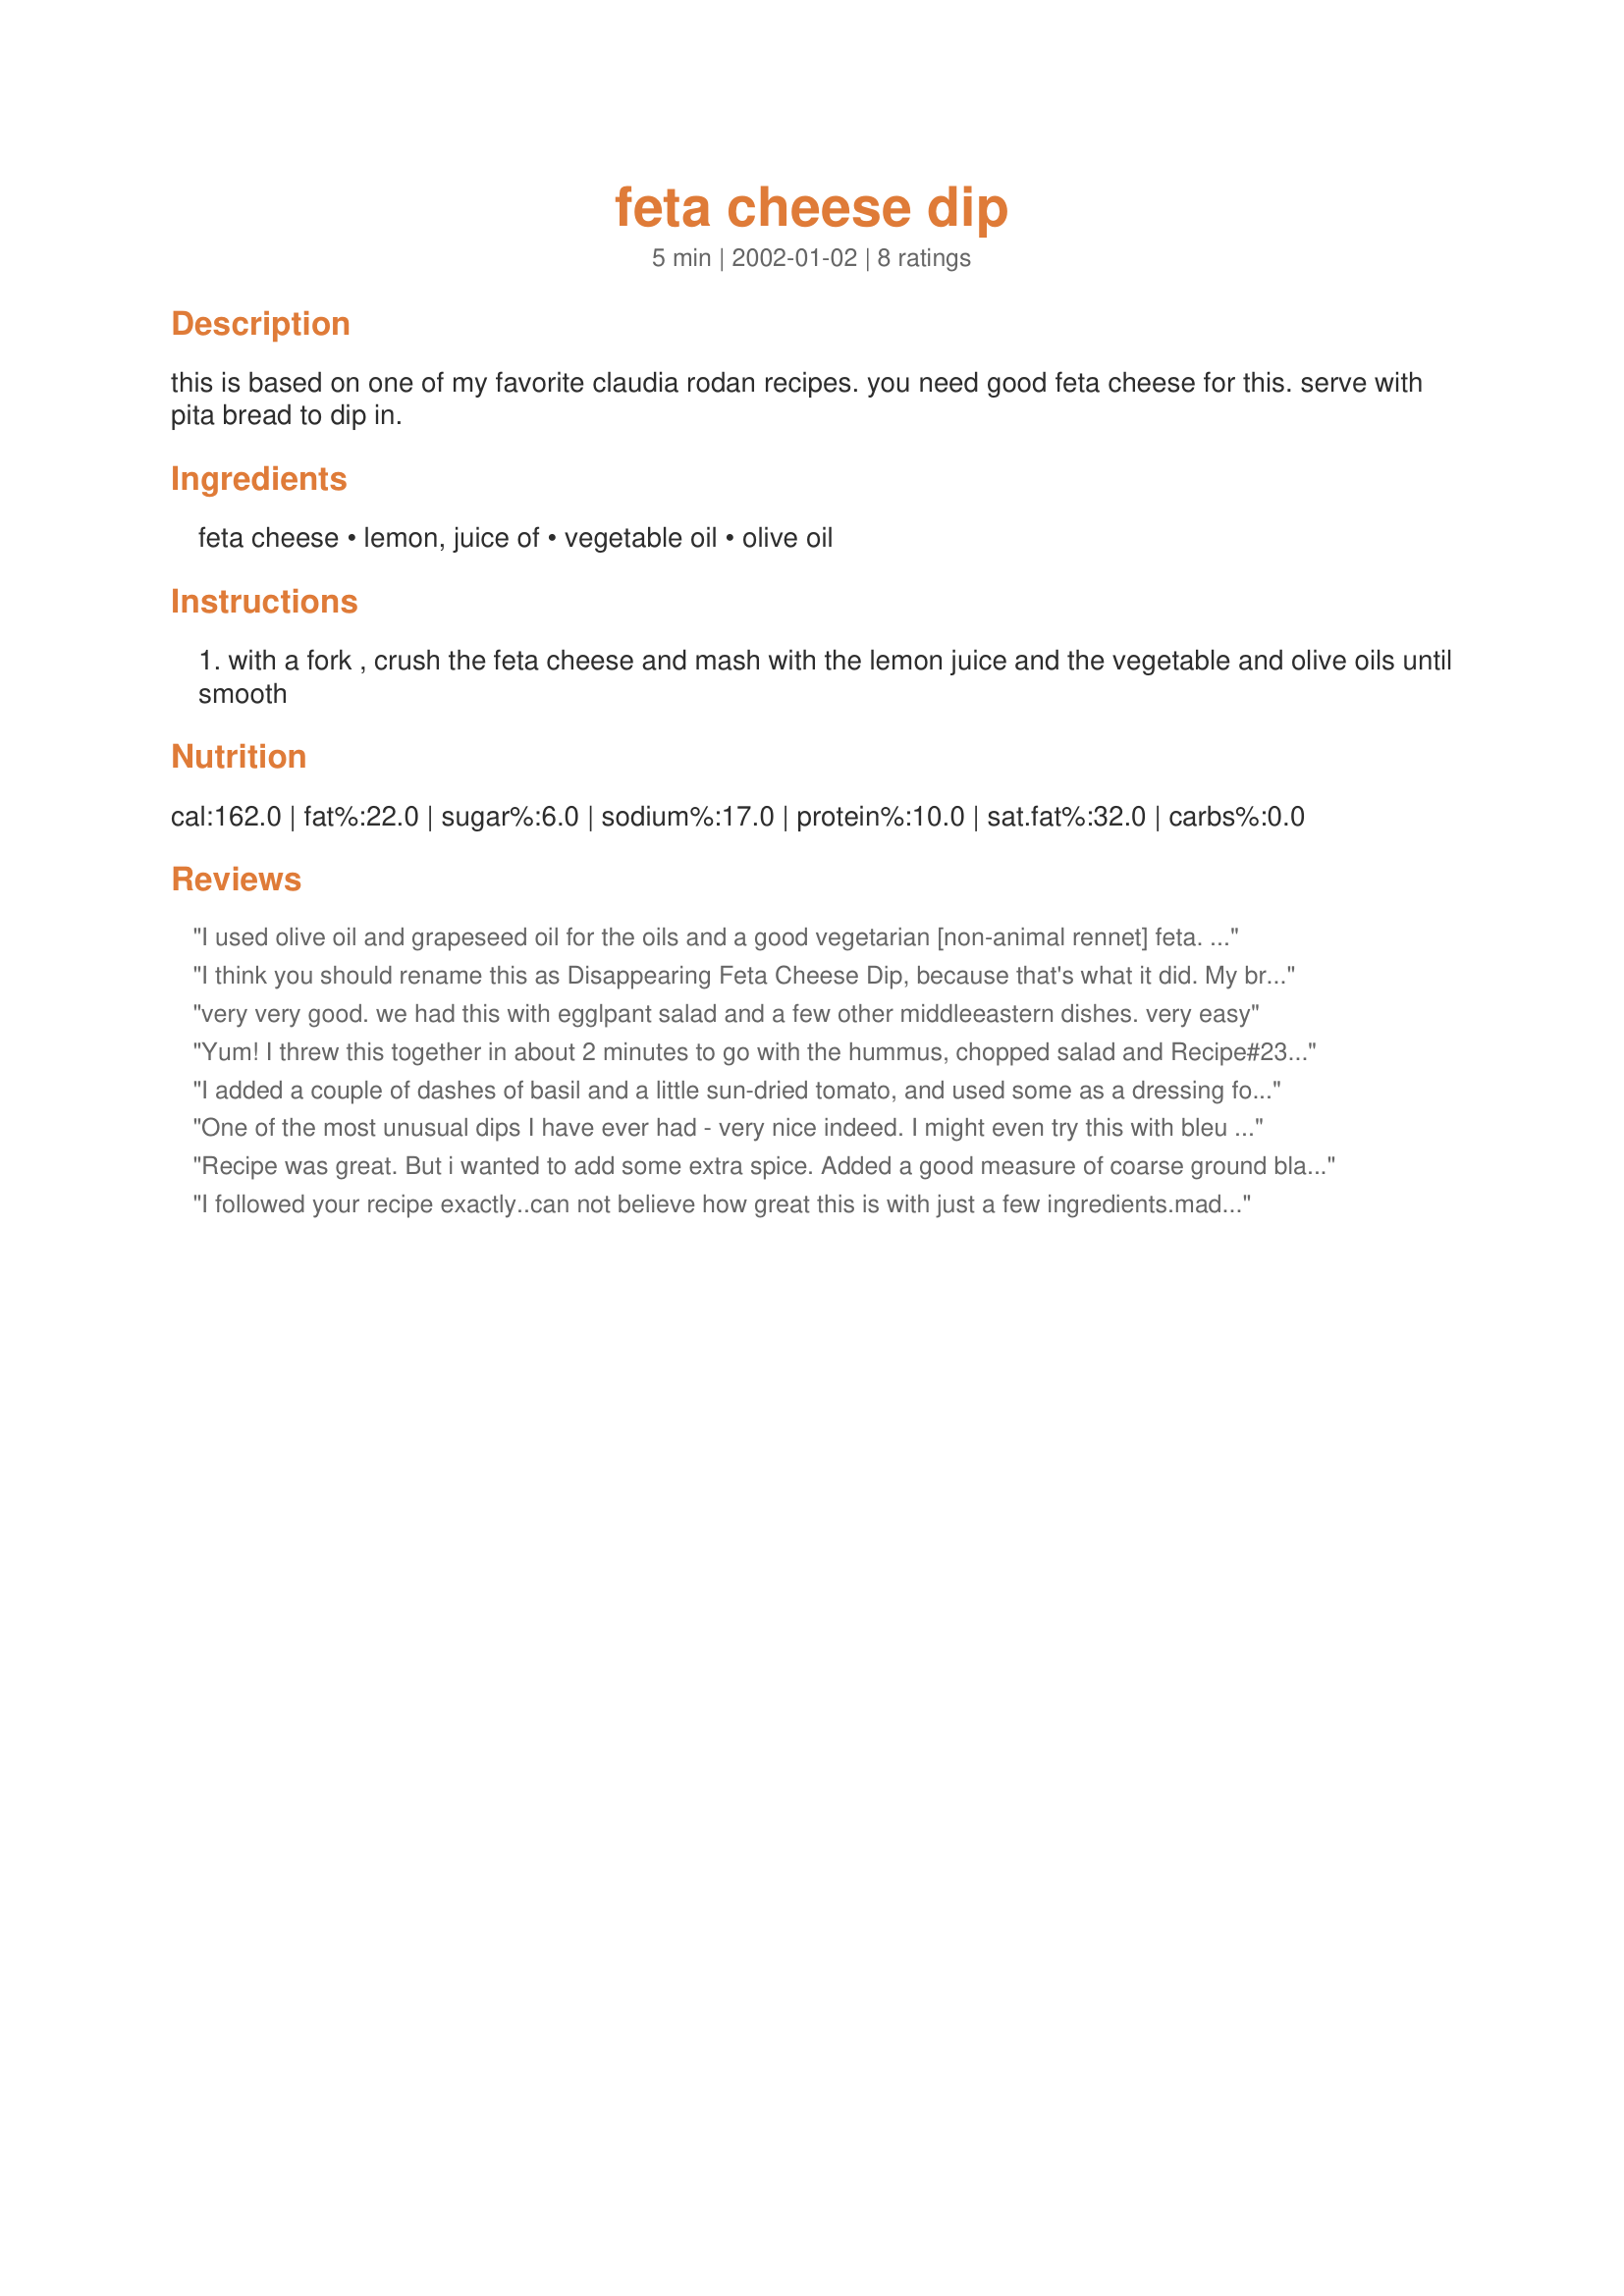
feta cheese dip
Preparation time: 5 minutes

this is based on one of my favorite claudia rodan recipes. you need good feta cheese for this. serve with pita bread to dip in.

Ingredients:
feta cheese, lemon, juice of, vegetable oil, olive oil

Steps:
with a fork , crush the feta cheese and mash with the lemon juice and the vegetable and olive oils until smooth

Reviews:
I used olive oil and grapeseed oil for the oils and a good vegetarian [non-animal rennet] feta. I added a little extra olive oil to get the feta smooth. My toddler loved this and I wasn't going to turn down the extras either. It disappeared very quickly. Good with a Mediterranean type meal.
I think you should rename this as Disappearing Feta Cheese Dip, because that's what it did. My brother in law was here for dinner and he took the recipe page home with him -- and he never even LIKED feta cheese before!
very very good. we had this with egglpant salad and a few other middleeastern dishes. very easy
Yum! I threw this together in about 2 minutes to go with the hummus, chopped salad and Recipe#232706 that we were having for dinner tonight. Wow! Explosion in my mouth! I love it. I might add a little bit of finely diced green onion to the remainder, and have it for my lunch tomorrow. Thanks for this simple beauty, Mirj!
I added a couple of dashes of basil and a little sun-dried tomato, and used some as a dressing for hot rotini.
One of the most unusual dips I have ever had - very nice indeed. I might even try this with bleu cheese.
Recipe was great. But i wanted to add some extra spice. Added a good measure of coarse ground black pepper and extra olive oil. Delicious!!
I followed your recipe exactly..can not believe how great this
is with just a few ingredients.madeJudy Jude's pita snacks recipe #35658 to go with these..excellent excellent..I can't believe my daughter ate the last dollop from container with her finger..she is 33 and hasn't done that at least in front of me foe over 20 years..thanksshould get 2 high 5's
